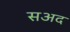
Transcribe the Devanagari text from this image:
सअद